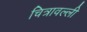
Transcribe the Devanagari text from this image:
चित्रावल्ली